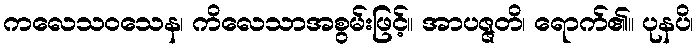
ကလေသဝသေန၊ ကိလေသာအစွမ်းဖြင့်။ အာပဇ္ဇတိ၊ ရောက်၏။ ပုနပိ၊